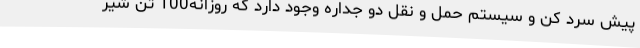
پیش سرد کن و سیستم حمل و نقل دو جداره وجود دارد که روزانه100 تن شیر